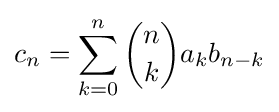
c_{n}=\sum _{k=0}^{n}{n \choose k}a_{k}b_{n-k}